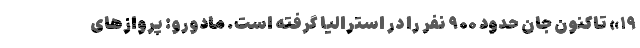
۱۹» تاکنون جان حدود ۹۰۰ نفر را در استرالیا گرفته است. مادورو: پروازهای